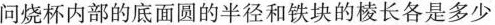
问烧杯内部的底面圆的半径和铁块的棱长各是多少